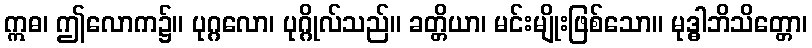
ဣဓ၊ ဤလောက၌။ ပုဂ္ဂလော၊ ပုဂ္ဂိုလ်သည်။ ခတ္တိယာ၊ မင်းမျိုးဖြစ်သော။ မုဒ္ဓါဘိသိတ္တော၊